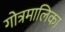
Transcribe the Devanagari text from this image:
गोत्रमालिका